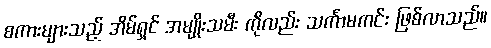
စကားများသည့် အိမ်ရှင် အမျိုးသမီး ကိုလည်း သင်္ကာမကင်း ဖြစ်လာသည်။